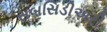
સબસિડીઅરી